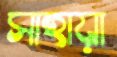
সাহায়া